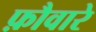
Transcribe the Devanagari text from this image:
फ़ौवारे